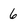
Character: 6